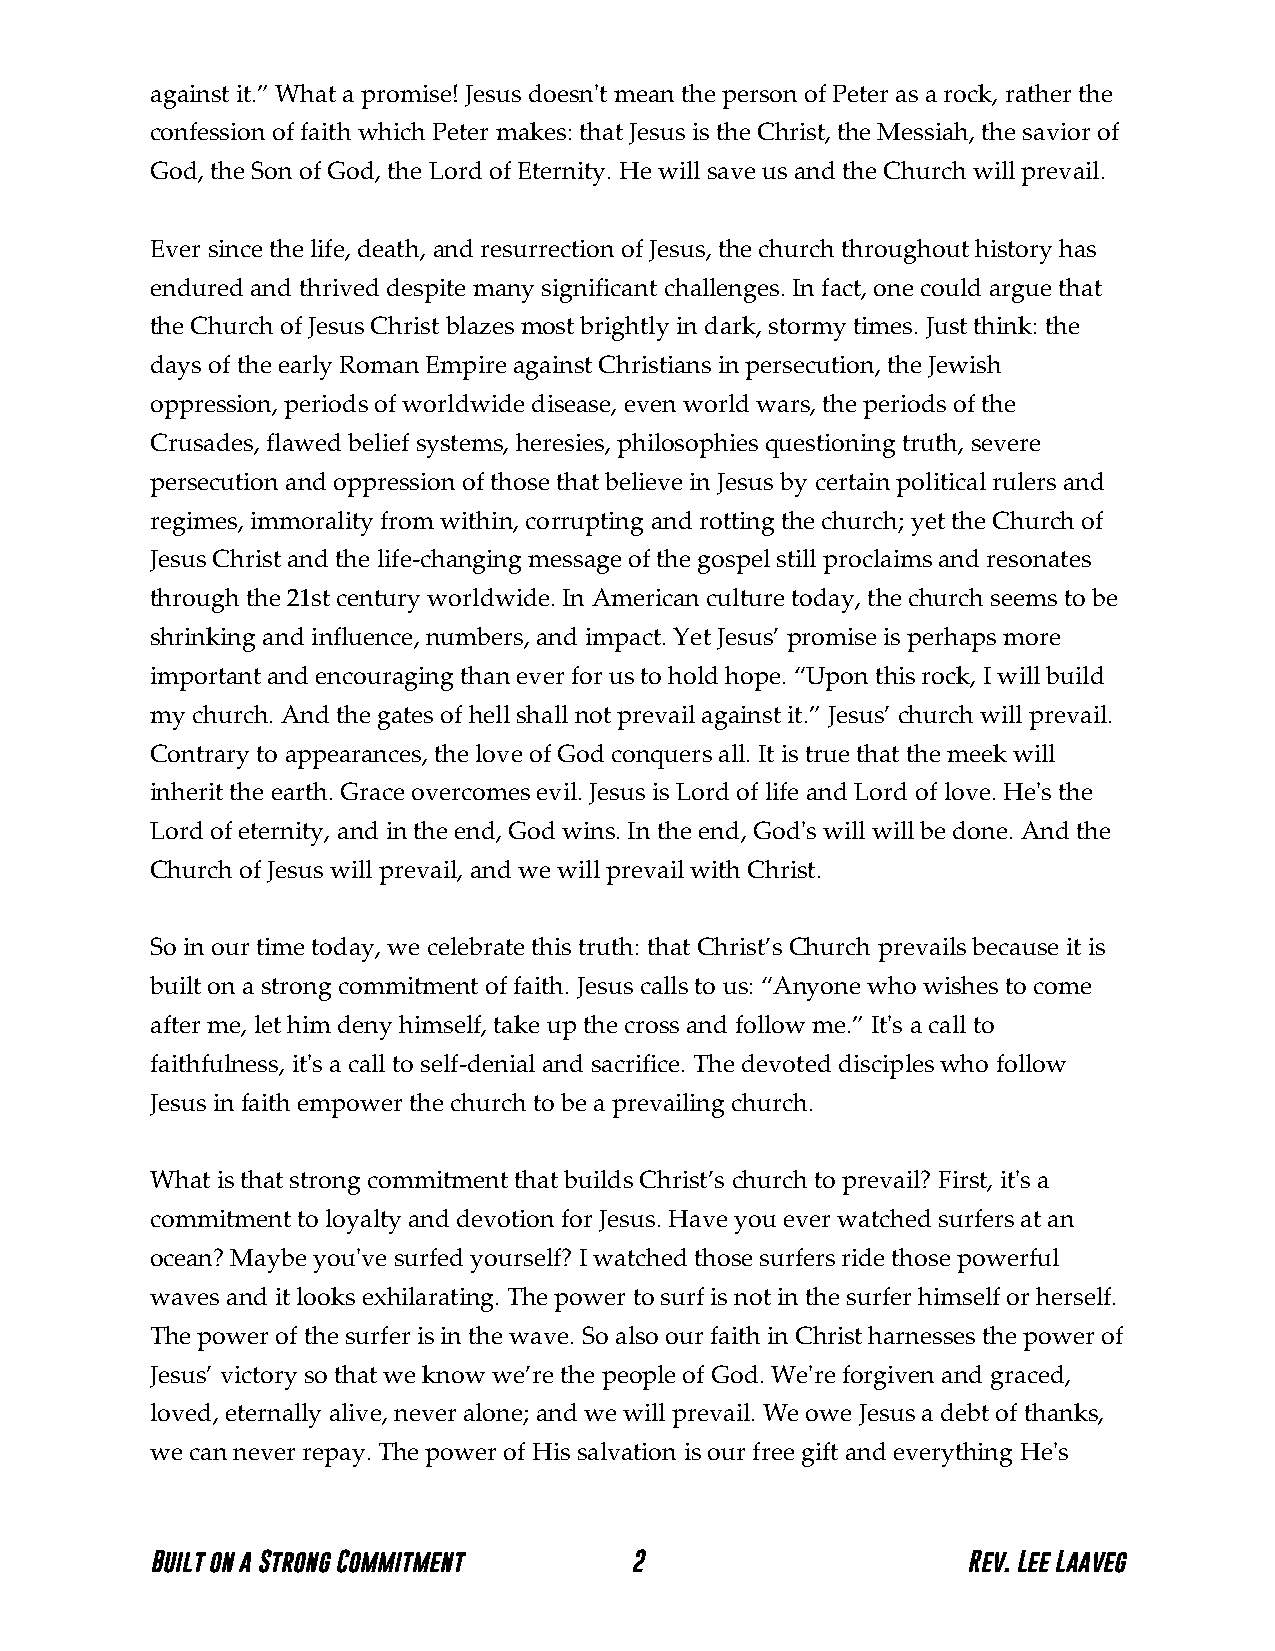
against it.” What a promise! Jesus doesn't mean the person of Peter as a rock, rather the
 confession of faith which Peter makes: that Jesus is the Christ, the Messiah, the savior of
 God, the Son of God, the Lord of Eternity. He will save us and the Church will prevail.
 Ever since the life, death, and resurrection of Jesus, the church throughout history has
 endured and thrived despite many significant challenges. In fact, one could argue that
 the Church of Jesus Christ blazes most brightly in dark, stormy times. Just think: the
 days of the early Roman Empire against Christians in persecution, the Jewish
 oppression, periods of worldwide disease, even world wars, the periods of the
 Crusades, flawed belief systems, heresies, philosophies questioning truth, severe
 persecution and oppression of those that believe in Jesus by certain political rulers and
 regimes, immorality from within, corrupting and rotting the church; yet the Church of
 Jesus Christ and the life-changing message of the gospel still proclaims and resonates
 through the 21st century worldwide. In American culture today, the church seems to be
 shrinking and influence, numbers, and impact. Yet Jesus’ promise is perhaps more
 important and encouraging than ever for us to hold hope. “Upon this rock, I will build
 my church. And the gates of hell shall not prevail against it.” Jesus’ church will prevail.
 Contrary to appearances, the love of God conquers all. It is true that the meek will
 inherit the earth. Grace overcomes evil. Jesus is Lord of life and Lord of love. He's the
 Lord of eternity, and in the end, God wins. In the end, God's will will be done. And the
 Church of Jesus will prevail, and we will prevail with Christ.
 So in our time today, we celebrate this truth: that Christ’s Church prevails because it is
 built on a strong commitment of faith. Jesus calls to us: “Anyone who wishes to come
 after me, let him deny himself, take up the cross and follow me.” It's a call to
 faithfulness, it's a call to self-denial and sacrifice. The devoted disciples who follow
 Jesus in faith empower the church to be a prevailing church.
 What is that strong commitment that builds Christ’s church to prevail? First, it's a
 commitment to loyalty and devotion for Jesus. Have you ever watched surfers at an
 ocean? Maybe you've surfed yourself? I watched those surfers ride those powerful
 waves and it looks exhilarating. The power to surf is not in the surfer himself or herself.
 The power of the surfer is in the wave. So also our faith in Christ harnesses the power of
 Jesus’ victory so that we know we’re the people of God. We're forgiven and graced,
 loved, eternally alive, never alone; and we will prevail. We owe Jesus a debt of thanks,
 we can never repay. The power of His salvation is our free gift and everything He's
 Built on a Strong Commitment    2                     Rev. Lee Laaveg